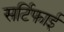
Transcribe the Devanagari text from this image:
सर्टिफाई